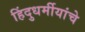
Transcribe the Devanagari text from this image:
हिंदुधर्मीयांचे